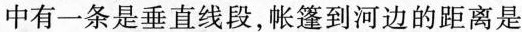
中有一条是垂直线段，帐篷到河边的距离是